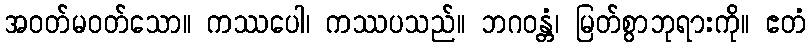
အဝတ်မဝတ်သော။ ကဿပေါ၊ ကဿပသည်။ ဘဂဝန္တံ၊ မြတ်စွာဘုရားကို။ ဧတံ